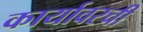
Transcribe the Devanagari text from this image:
कार्यावरची